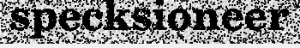
specksioneer